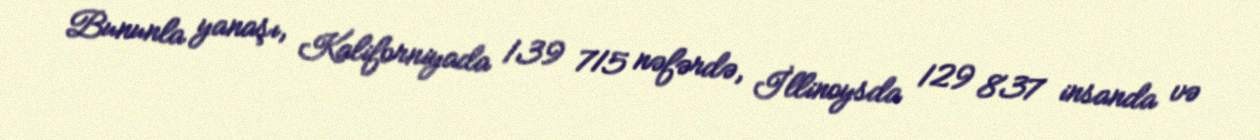
Bununla yanaşı, Kaliforniyada 139 715 nəfərdə, İllinoysda 129 837 insanda və